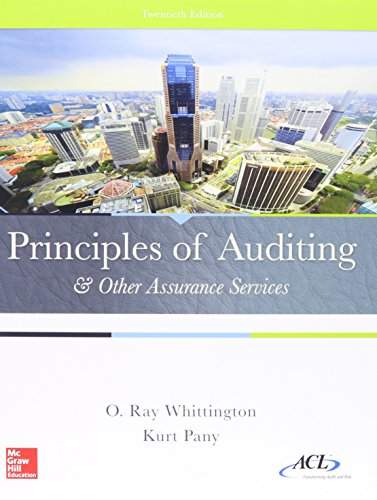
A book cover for Principles of Auditing & Other Assurance Services with Connect; Ray Whittington; Business & Money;